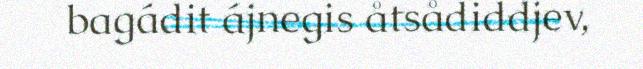
bagádit ájnegis åtsådiddjev,